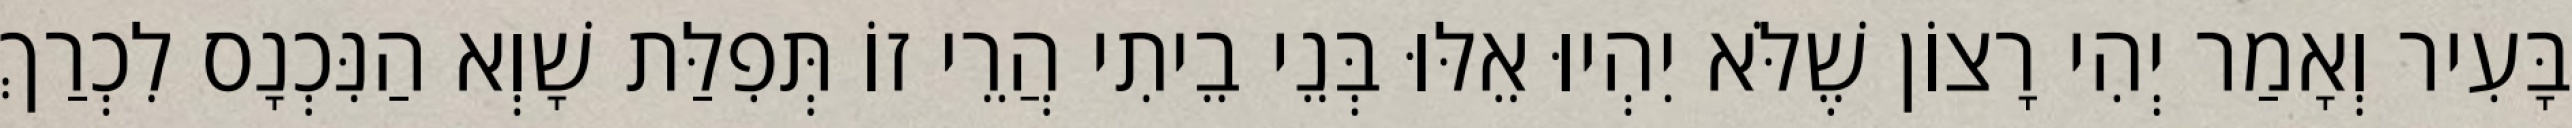
בָּעִיר וְאָמַר יְהִי רָצוֹן שֶׁלֹּא יִהְיוּ אֵלּוּ בְּנֵי בֵיתִי הֲרֵי זוֹ תְּפִלַּת שָׁוְא הַנִּכְנָס לִכְרַךְ